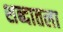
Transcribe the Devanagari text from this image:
शब्दातला